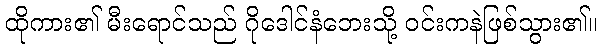
ထိုကား၏ မီးရောင်သည် ဂိုဒေါင်နံဘေးသို့ ဝင်းကနဲဖြစ်သွား၏။